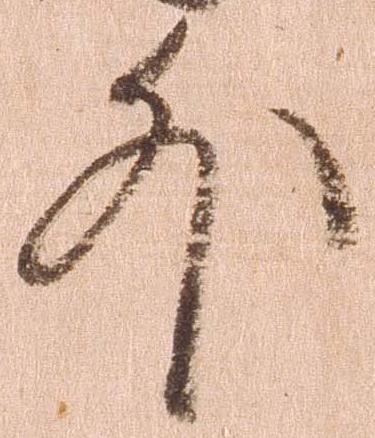
外